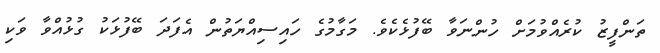
ތަންފީޒު ކުރެއްވުމަށް ހުންނަވާ ބޭފުޅެކެވެ. މަގާމުގެ ހައިސިއްޔަތުން އެފަދަ ބޭފުޅަކު ގުޅުއްވާ ވަކި